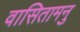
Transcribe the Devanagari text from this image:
वासितामनु